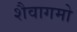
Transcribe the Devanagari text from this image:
शैवागमो